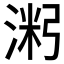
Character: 𱧝